Annual report on the working of the mental hospitals in the Madras Presidency - 1912-1932
Year: 1912
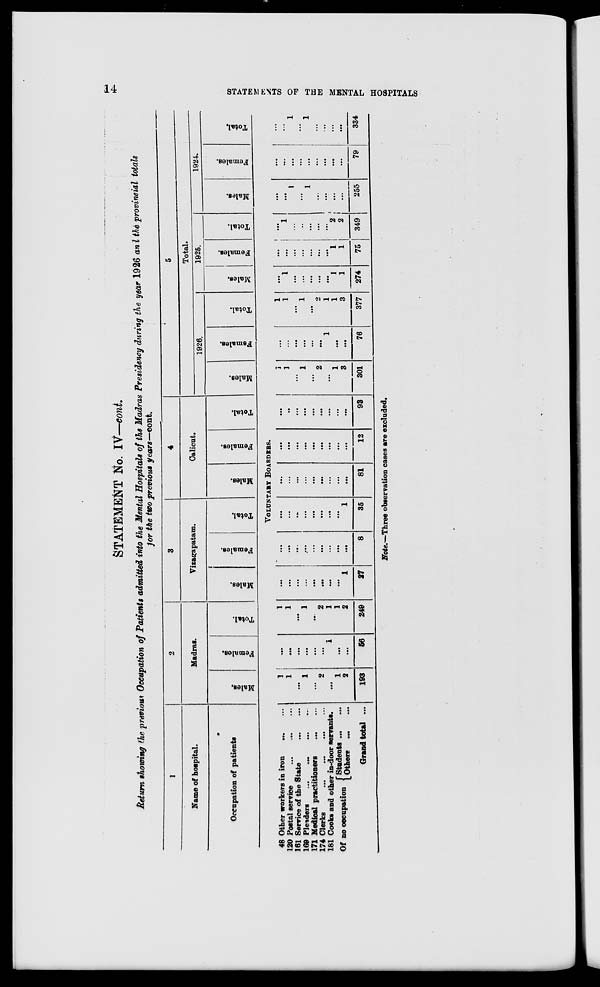
14
STATEMENTS OF THE MENTAL HOSPITALS
STATEMENT No. IV—cont.
Return showing the previous Occupation of Patients admitted into the Mental Hospitals of the Madras Presidency during the year 1926 and the provincial totals
for the two previous years—cont.
1
Name of hospital.
Occupation of patients
2
Madras.
Males.
Females.
Total.
3
Vizagapatam.
Males.
Females.
Total.
4
Calicut.
Males.
Females.
Total.
5
Total.
1926.
Males.
Females.
Total.
1925.
Males.
Females.
Total.
1924.
Males.
Females.
Total.
VOLUNTARY BOARDERS.
48 Other workers in iron ... ...
120 Postal service
…
…
…
161 Service of the State
…
…
169 Pleaders
...
…
…
…
171 Medical practitioners
…
…
174 Clerks
…
…
…
…
181 Cooks and other in-door servants.
Of no occupation
Students … ...
Others
...
...
Grand total ...
1
1
…
1
...
2
…
1
2
193
…
…
...
...
...
...
1
...
...
56
1
1
...
1
...
2
1
1
2
249
…
…
…
…
…
…
…
…
1
27
…
…
…
…
...
…
…
…
…
8
...
...
...
...
...
...
...
...
1
35
...
...
...
...
...
...
...
...
…
81
...
...
...
...
...
…
…
...
…
12
...
...
…
...
...
...
...
...
…
93
1
1
…
1
...
2
…
1
3
301
...
...
...
...
...
…
1
...
…
76
1
1
...
1
…
2
1
1
3
377
...
1
...
...
…
...
...
1
1
274
...
...
...
...
...
...
...
1
1
75
...
1
…
…
…
…
…
2
2
349
...
...
1
1
…
…
…
...
…
255
…
…
…
…
…
…
…
…
…
79
...
…
1
1
...
…
…
…
…
334
Note.—Three observation cases are excluded.